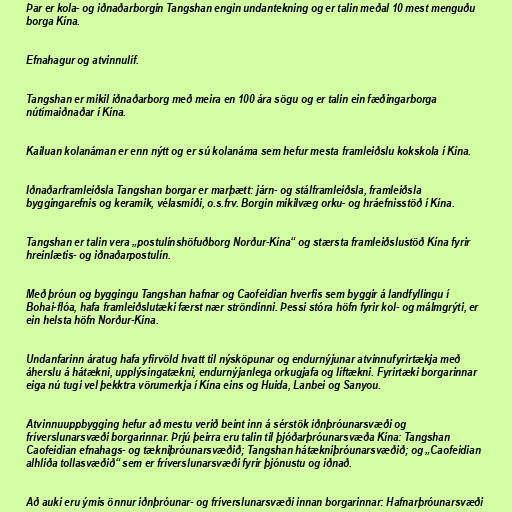
Þar er kola- og iðnaðarborgin Tangshan engin undantekning og er talin meðal 10 mest menguðu
borga Kína.

Efnahagur og atvinnulíf.

Tangshan er mikil iðnaðarborg með meira en 100 ára sögu og er talin ein fæðingarborga
nútímaiðnaðar í Kína.

Kailuan kolanáman er enn nýtt og er sú kolanáma sem hefur mesta framleiðslu kokskola í Kína.

Iðnaðarframleiðsla Tangshan borgar er marþætt: járn- og stálframleiðsla, framleiðsla
byggingarefnis og keramik, vélasmíði, o.s.frv. Borgin mikilvæg orku- og hráefnisstöð í Kína.

Tangshan er talin vera „postulínshöfuðborg Norður-Kína“ og stærsta framleiðslustöð Kína fyrir
hreinlætis- og iðnaðarpostulín.

Með þróun og byggingu Tangshan hafnar og Caofeidian hverfis sem byggir á landfyllingu í
Bohai-flóa, hafa framleiðslutæki færst nær ströndinni. Þessi stóra höfn fyrir kol- og málmgrýti, er
ein helsta höfn Norður-Kína.

Undanfarinn áratug hafa yfirvöld hvatt til nýsköpunar og endurnýjunar atvinnufyrirtækja með
áherslu á hátækni, upplýsingatækni, endurnýjanlega orkugjafa og líftækni. Fyrirtæki borgarinnar
eiga nú tugi vel þekktra vörumerkja í Kína eins og Huida, Lanbei og Sanyou.

Atvinnuuppbygging hefur að mestu verið beint inn á sérstök iðnþróunarsvæði og
fríverslunarsvæði borgarinnar. Þrjú þeirra eru talin til þjóðarþróunarsvæða Kína: Tangshan
Caofeidian efnahags- og tækniþróunarsvæðið; Tangshan hátækniþróunarsvæðið; og „Caofeidian
alhliða tollasvæðið“ sem er fríverslunarsvæði fyrir þjónustu og iðnað.

Að auki eru ýmis önnur iðnþróunar- og fríverslunarsvæði innan borgarinnar: Hafnarþróunarsvæði